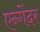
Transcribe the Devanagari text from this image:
एन्गेंदर